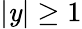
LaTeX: \vert\mathit{y}\vert\ge1